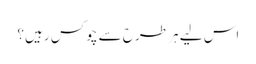
اس لیے ہر طرح سے چوکس رہیں؟